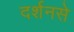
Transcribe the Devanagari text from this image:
दर्शनसे